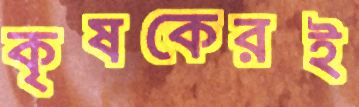
কৃষকেরই